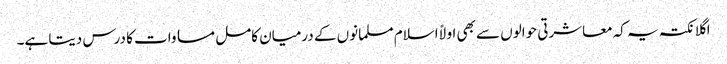
اگلا نکتہ یہ کہ معاشرتی حوالوں سے بھی اولاً اسلام مسلمانوں کے درمیان کامل مساوات کا درس دیتا ہے۔